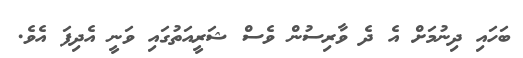
ބަހައި ދިނުމަށް އެ ދެ ވާރިސުން ވެސް ޝަރީއަތުގައި ވަނީ އެދިފަ އެވެ.